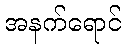
အနက်ရောင်